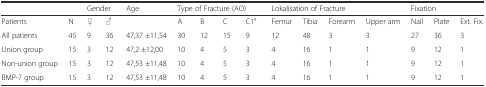
<table><thead><tr><td colspan="2"></td><td colspan="2"><b>Gender</b></td><td><b>Age</b></td><td colspan="4"><b>Type of Fracture (AO)</b></td><td colspan="4"><b>Lokalisation of Fracture</b></td><td colspan="3"><b>Fixation</b></td></tr></thead><tbody><tr><td>Patients</td><td>N</td><td>♀</td><td>♂</td><td></td><td>A</td><td>B</td><td>C</td><td>C1°</td><td>Femur</td><td>Tibia</td><td>Forearm</td><td>Upper arm</td><td>Nail</td><td>Plate</td><td>Ext. Fix.</td></tr><tr><td>All patients</td><td>45</td><td>9</td><td>36</td><td>47,37 ±11,54</td><td>30</td><td>12</td><td>15</td><td>9</td><td>12</td><td>48</td><td>3</td><td>3</td><td>27</td><td>36</td><td>3</td></tr><tr><td>Union group</td><td>15</td><td>3</td><td>12</td><td>47,2 ±12,00</td><td>10</td><td>4</td><td>5</td><td>3</td><td>4</td><td>16</td><td>1</td><td>1</td><td>9</td><td>12</td><td>1</td></tr><tr><td>Non-union group</td><td>15</td><td>3</td><td>12</td><td>47,53 ±11,48</td><td>10</td><td>4</td><td>5</td><td>3</td><td>4</td><td>16</td><td>1</td><td>1</td><td>9</td><td>12</td><td>1</td></tr><tr><td>BMP-7 group</td><td>15</td><td>3</td><td>12</td><td>47,53 ±11,48</td><td>10</td><td>4</td><td>5</td><td>3</td><td>4</td><td>16</td><td>1</td><td>1</td><td>9</td><td>12</td><td>1</td></tr></tbody></table>